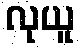
လုယူ